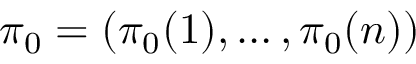
\pi _ { 0 } = ( \pi _ { 0 } ( 1 ) , \dots , \pi _ { 0 } ( n ) )